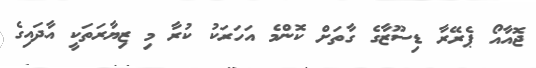
ޖޮއާއޯ ޕެރޭރާ ޑިސޫޒާގެ ގާތަށް ކޮންމެ އަހަރަކު ކުރާ މި ޒިޔާރަތަކީ އާދައިގެ